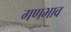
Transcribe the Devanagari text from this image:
गणभाव